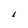
Character: I